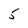
Character: 5